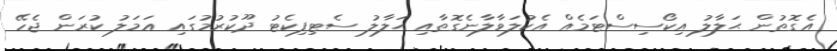
އެގޮތުން ޙަލާލު އިކޯސިސްޓަމެއް އެކުލަވާލާނެގޮތާއި ޙަލާލު ސެޓިފިކެޓު ދޫކުރުމުގައި ޢަމަލު ކުރަން ޖެހޭ